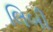
લિબી